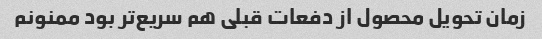
زمان تحویل محصول از دفعات قبلی هم سریع‌تر بود ممنونم